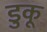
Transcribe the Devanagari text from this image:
डुकू